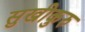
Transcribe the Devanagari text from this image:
सुखीकुरु